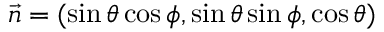
\vec { n } = ( \sin \theta \cos \phi , \sin \theta \sin \phi , \cos \theta )